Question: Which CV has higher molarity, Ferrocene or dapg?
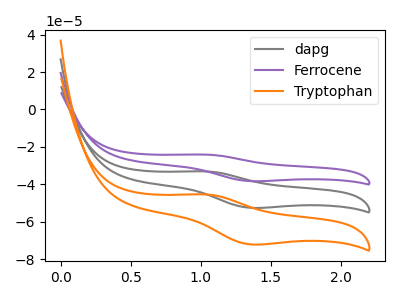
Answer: <think>The gray curve "dapg" has an anodic peak at (1.05V, -33.05uA) and a cathodic peak at (1.35V, -52.50uA). The purple curve "Ferrocene" has an anodic peak at (1.05V, -24.10uA) and a cathodic peak at (1.35V, -38.25uA). The orange curve "Tryptophan" has an anodic peak at (1.05V, -66.15uA) and a cathodic peak at (1.35V, -105.05uA).
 All the peaks in "Ferrocene" have a peak in "dapg" at the same potential.</think>
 <answer>I cant tell if "Ferrocene" or "dapg" has higher concentration.</answer>
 <eval>mixed_concentration</eval>